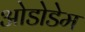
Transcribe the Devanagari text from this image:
ओडोडेम